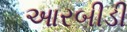
આરબીડી